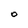
Character: 0